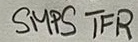
Text: SMPS TFR